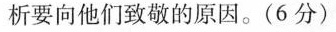
析要向他们致敬的原因。(6分)